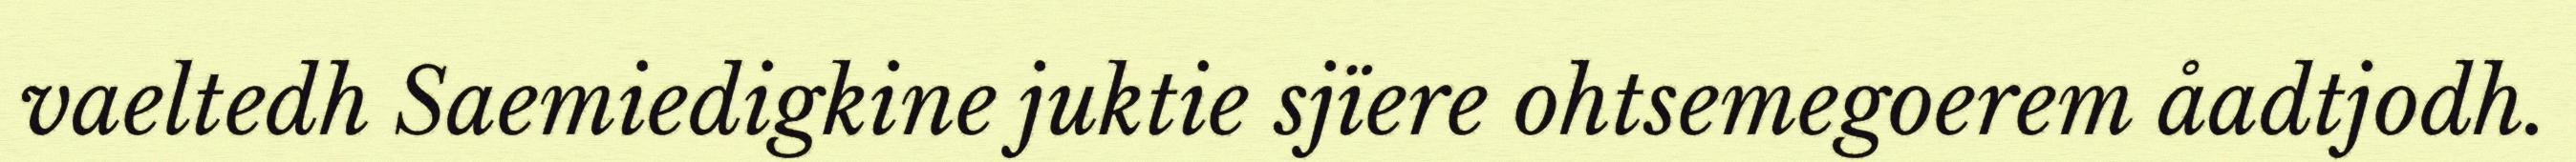
vaeltedh Saemiedigkine juktie sjïere ohtsemegoerem åadtjodh.